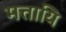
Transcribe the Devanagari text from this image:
मत्तायि